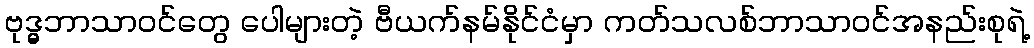
ဗုဒ္ဓ္ဓ္ဓဘာသာဝင်တွေ ပေါများတဲ့ ဗီယက်နမ်နိုင်ငံမှာ ကတ်သလစ်ဘာသာဝင်အနည်းစုရဲ့